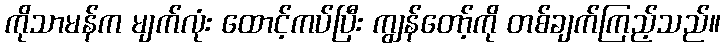
ကိုသာမန်က မျက်လုံး ထောင့်ကပ်ပြီး ကျွန်တော့်ကို တစ်ချက်ကြည့်သည်။